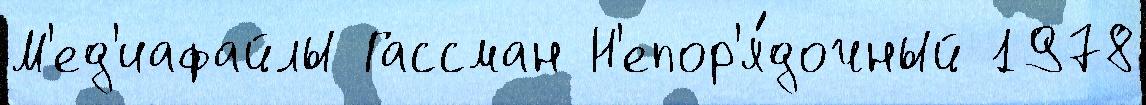
М'ед'иафайлы Гассман Н'епор'я́дочный 1978